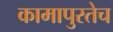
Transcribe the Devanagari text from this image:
कामापुरतेच